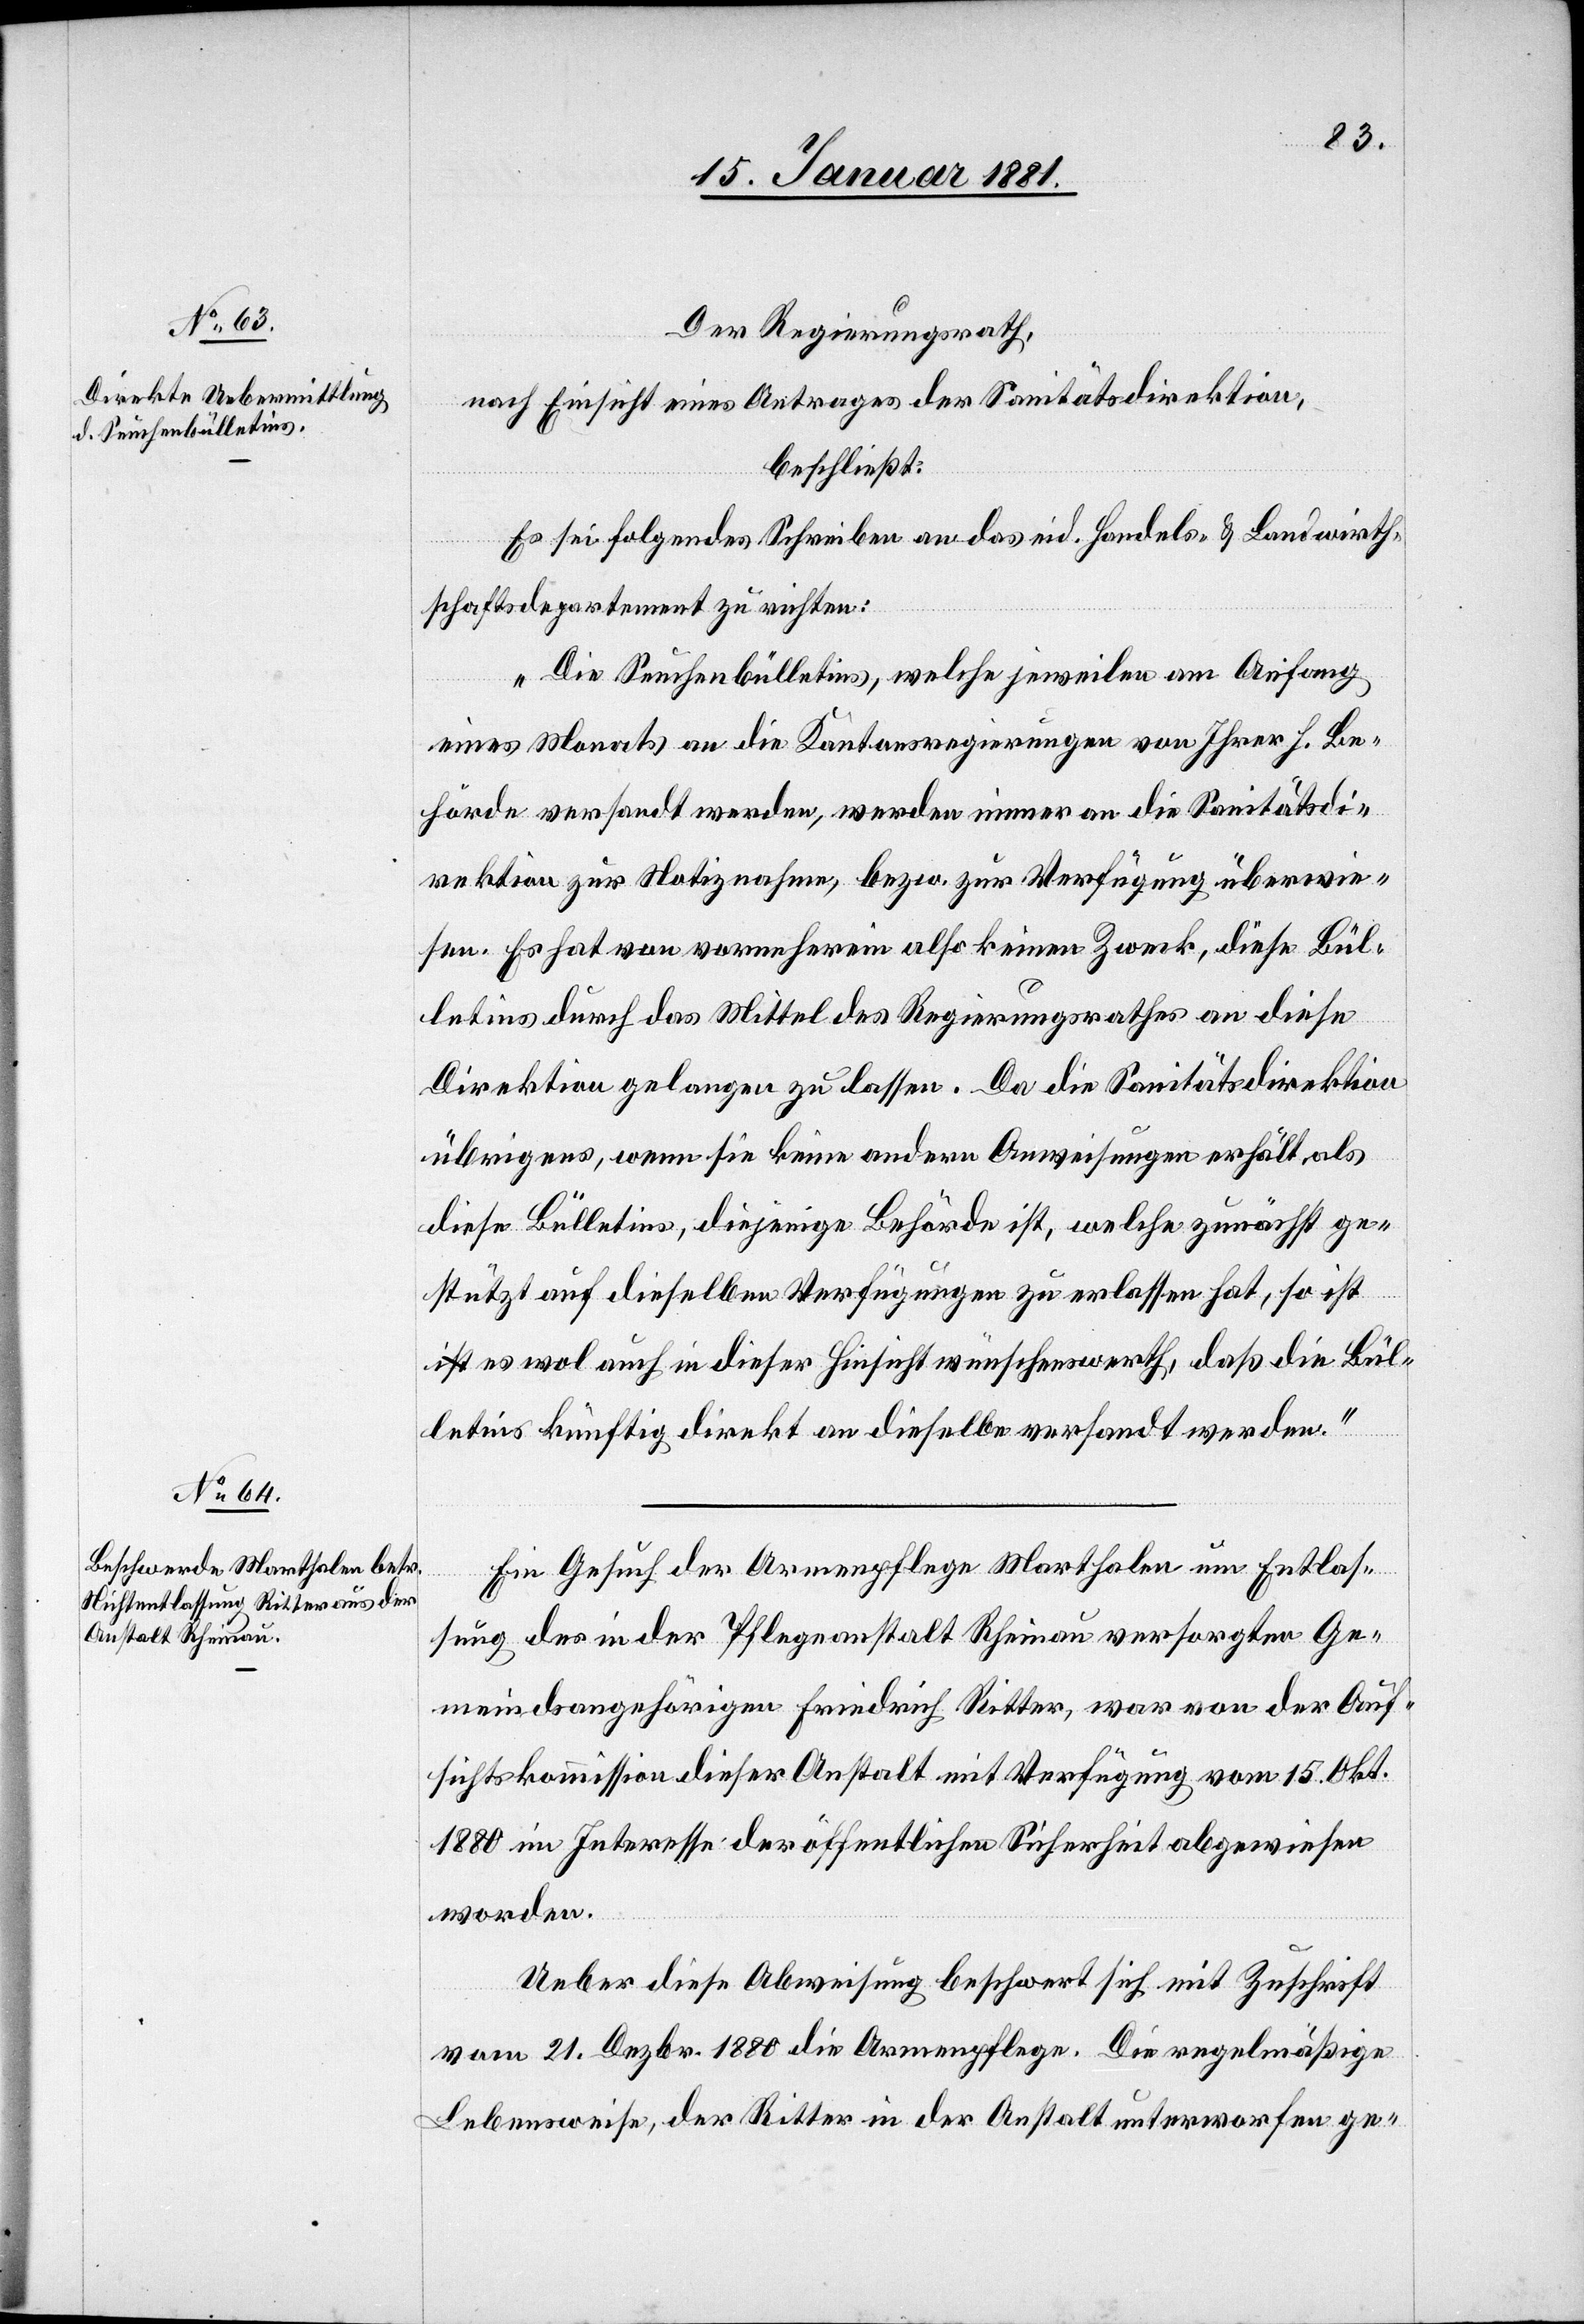
Der Regierungsrath,
nach Einsicht eines Antrages der Sanitätsdirektion,
beschließt:
Es sei folgendes Schreiben an das eid. Handels- und Landwirth¬
schaftsdepartement zu richten:
„Die Seuchenbülletins, welche jeweilen am Anfang
eines Monats an die Kantonsregierungen von Ihrer h. Be¬
hörde versandt werden, werden immer an die Sanitätsdi¬
rektion zur Notiznahme, bezw. zur Verfügung überwie¬
sen. Es hat von vorneherein also keinen Zweck, diese Bül¬
letins durch das Mittel des Regierungsrathes an diese
Direktion gelangen zu lassen. Da die Sanitätsdirektion
übrigens, wenn sie keine andere Anweisungen erhält, als
diese Bülletins, diejenige Behörde ist welche zunächst ge¬
stützt auf dieselben Verfügungen zu erlassen hat, so ist
es wol auch in dieser Hinsicht wünschenswerth, daß die Bül¬
letins künftig direkt an dieselbe versandt werden.“
Ein Gesuch der Armenpflege Marthalen um Entlas¬
sung der in der Pflegeanstalt Rheinau versorgten Ge¬
meindeangehörigen Friedrich Ritter, war, von der Auf¬
sichtskommission dieser Anstalt mit Verfügung vom 15. Okt.
1880 im Interesse der öffentlichen Sicherheit abgewiesen
worden.
Ueber diese Abweisung beschwert sich mit Zuschrift
vom 21. Dezbr. 1880 die Armenpflege. Die regelmäßige
Lebensweise, der Ritter in der Anstalt unterworfen ge-